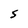
Character: S